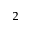
^ 2